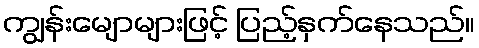
ကျွန်းမျောများဖြင့် ပြည့်နှက်နေသည်။